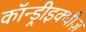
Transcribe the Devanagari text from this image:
कॉन्ड्रीइक्थीज़